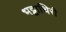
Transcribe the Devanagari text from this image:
भट्टाथिरी